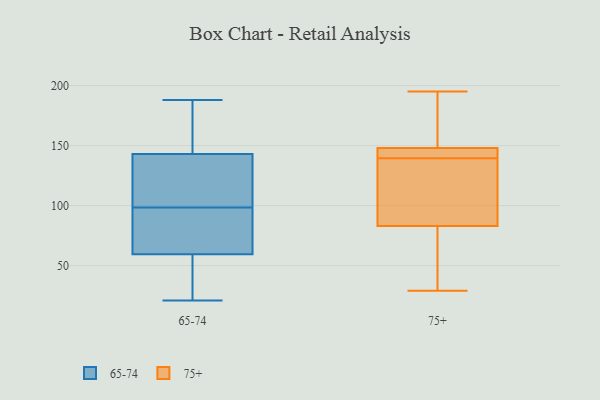
{"axis": {"x": "LTV (USD)", "y": "Value"}, "legend": ["65-74", "75+"], "data": [{"x": "", "y": 151, "type": "65-74"}, {"x": "", "y": 47, "type": "65-74"}, {"x": "", "y": 152, "type": "65-74"}, {"x": "", "y": 21, "type": "65-74"}, {"x": "", "y": 154, "type": "65-74"}, {"x": "", "y": 126, "type": "65-74"}, {"x": "", "y": 54, "type": "65-74"}, {"x": "", "y": 102, "type": "65-74"}, {"x": "", "y": 91, "type": "65-74"}, {"x": "", "y": 28, "type": "65-74"}, {"x": "", "y": 133, "type": "65-74"}, {"x": "", "y": 67, "type": "65-74"}, {"x": "", "y": 188, "type": "65-74"}, {"x": "", "y": 65, "type": "65-74"}, {"x": "", "y": 95, "type": "65-74"}, {"x": "", "y": 135, "type": "65-74"}, {"x": "", "y": 147, "type": "75+"}, {"x": "", "y": 34, "type": "75+"}, {"x": "", "y": 140, "type": "75+"}, {"x": "", "y": 139, "type": "75+"}, {"x": "", "y": 195, "type": "75+"}, {"x": "", "y": 148, "type": "75+"}, {"x": "", "y": 133, "type": "75+"}, {"x": "", "y": 83, "type": "75+"}, {"x": "", "y": 29, "type": "75+"}, {"x": "", "y": 182, "type": "75+"}]}